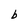
Character: l